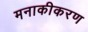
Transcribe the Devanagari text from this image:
मनाकीकरण